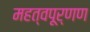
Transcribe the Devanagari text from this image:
महत्वपूर्णण